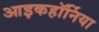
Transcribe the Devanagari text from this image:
आइकहॉर्निया